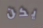
يكن